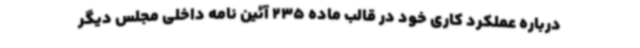
درباره عملکرد کاری خود در قالب ماده 235 آئین نامه داخلی مجلس دیگر